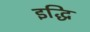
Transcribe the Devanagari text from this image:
इद्धि